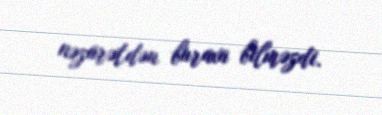
nəzarətdən buraxa bilməzdi.